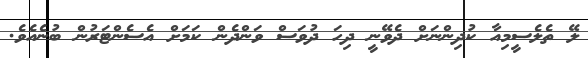
ލޭ ތެލެސީމިއާ ކުދިންނަށް ދެވޭނީ ދިހަ ދުވަސް ވަންދެން ކަމަށް އެސެންޓަރުން ބުނެއެވެ.